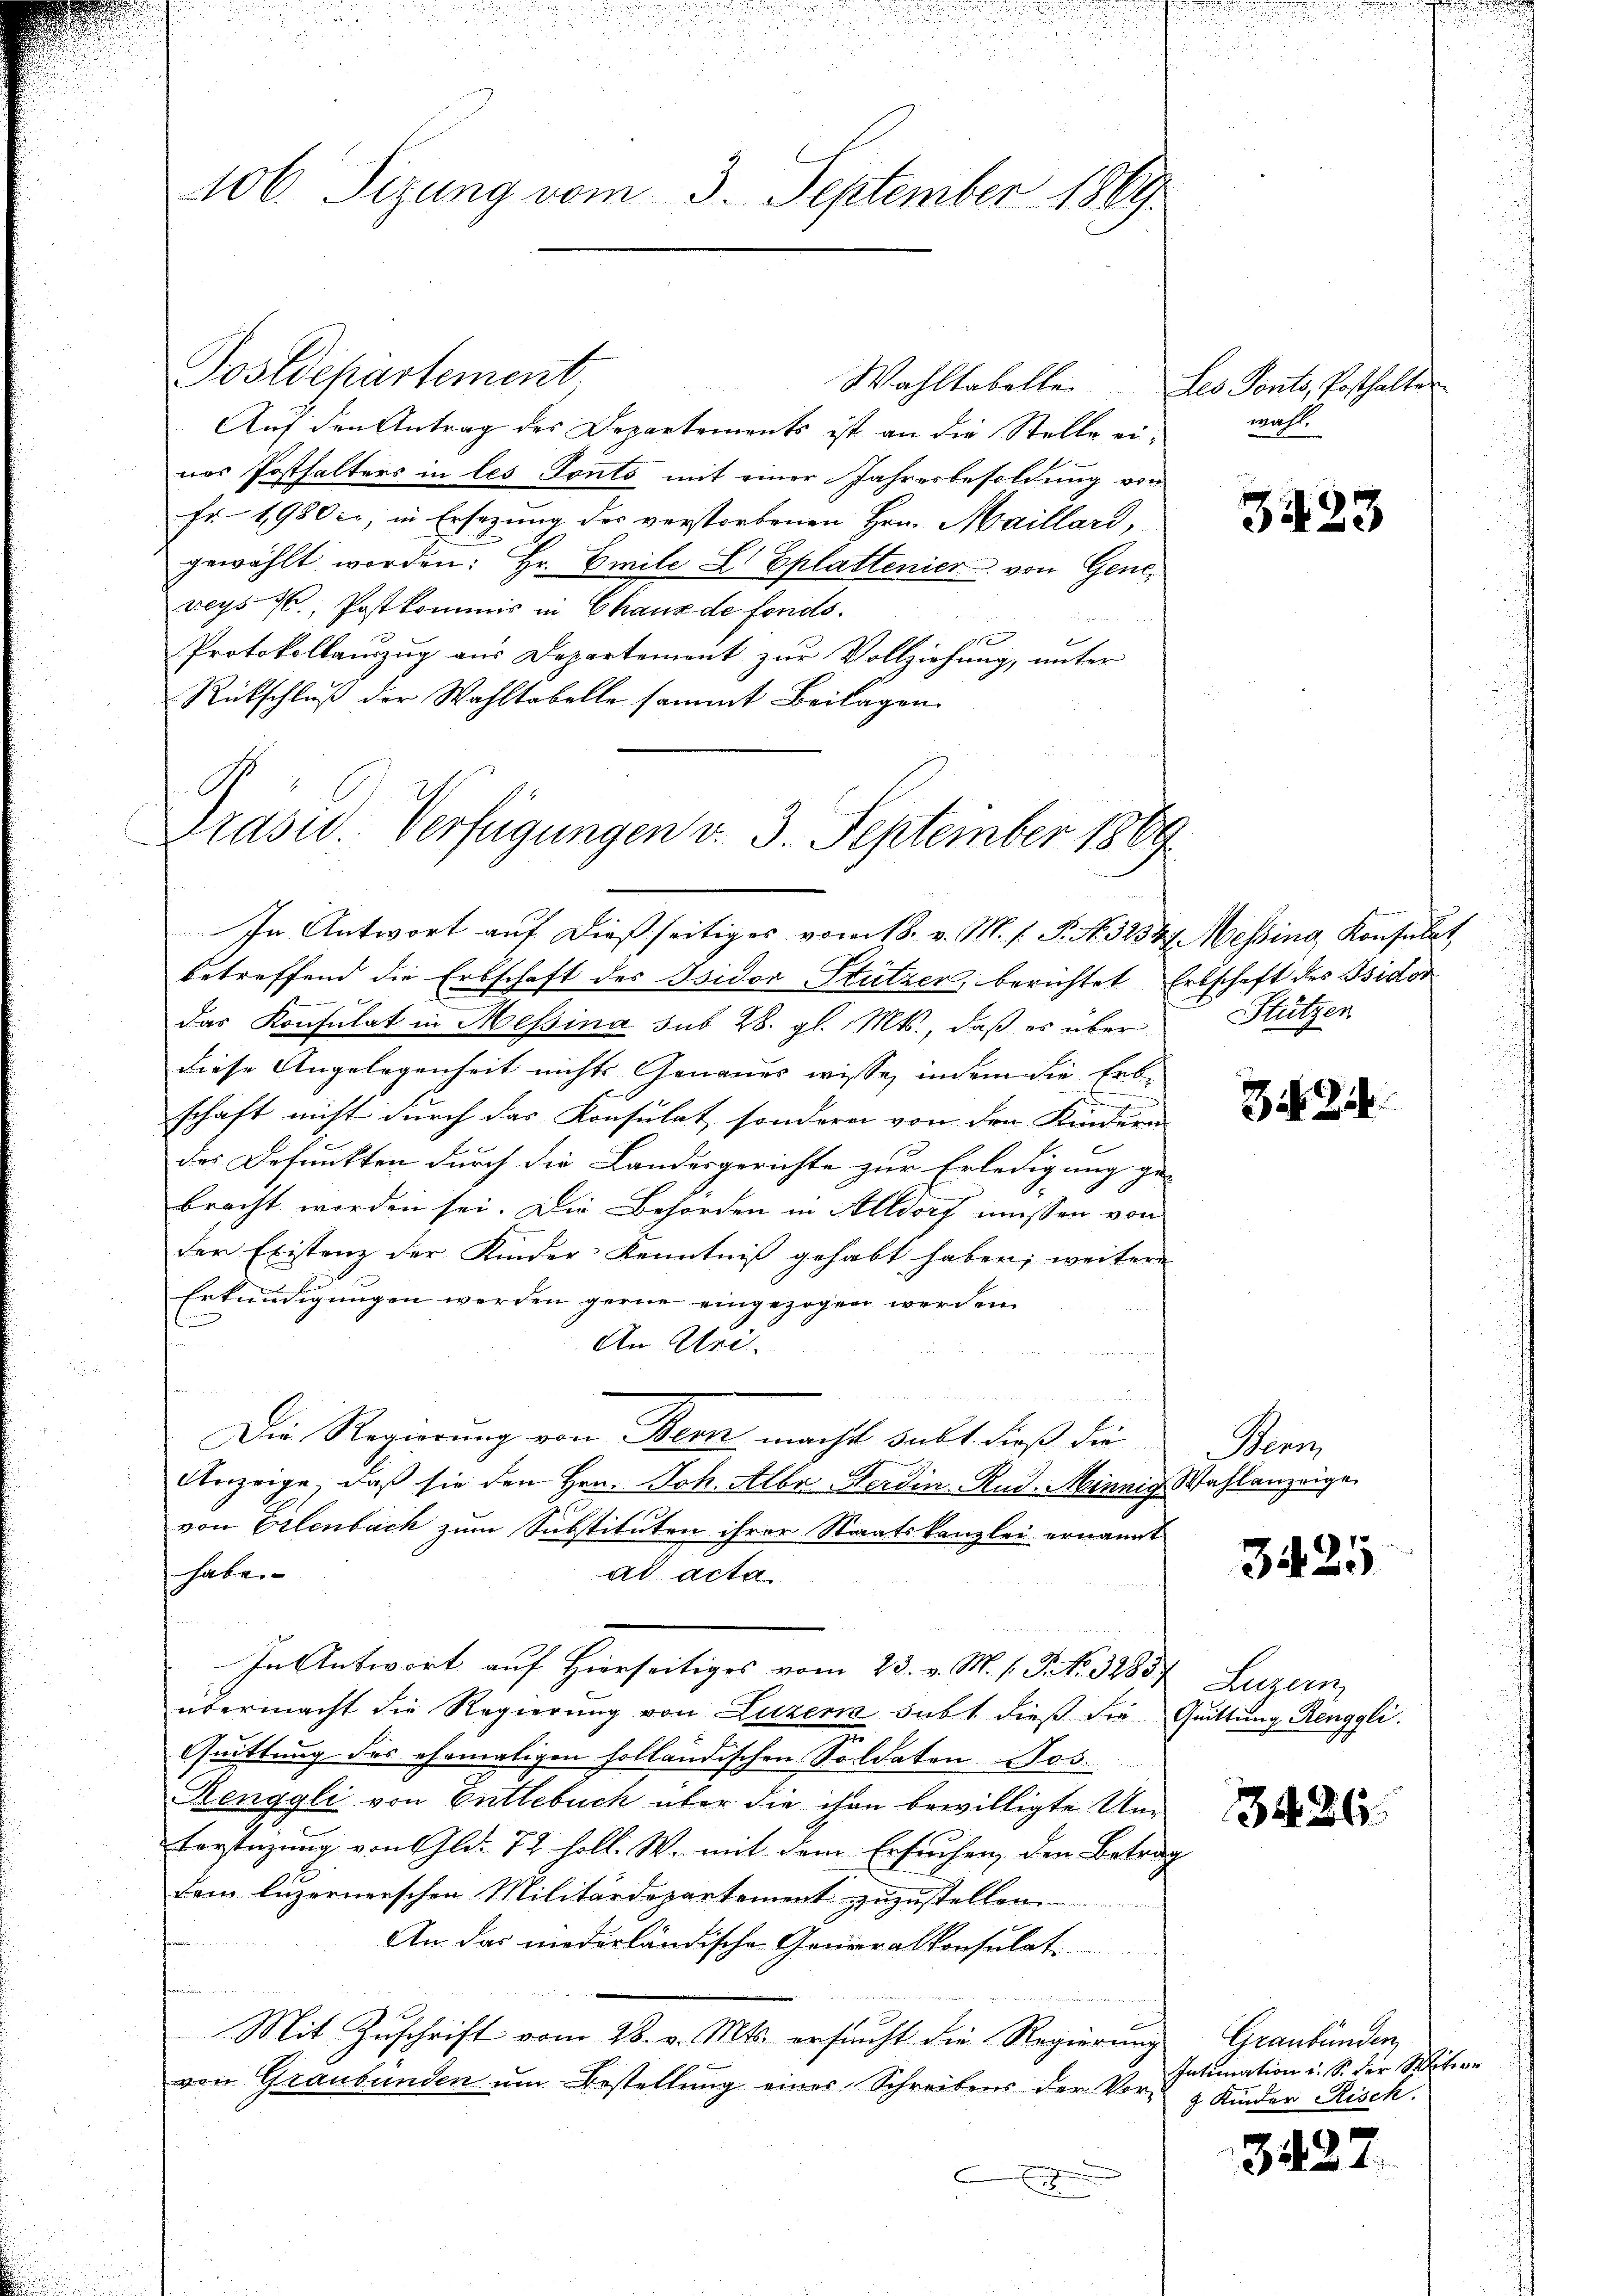
106. Sezung vom 3. September 1869

Postdepartement
Auf den Antrag des Departements ist an die Stelle ei-
nes Posthalters in les Tonts mit einer Jahresbesoldung von
Fr 1980 c., in Ersezung des verstorbenen Hrn. Maillard,
gewählt worden: Hr. Emile L Eplattenier von Geneveys 76. Postkommis in Chaux de fonds.
x
Protokollauszug aus Departement zur Vollziehung, unter
Rückschluß der Wahltobelle sammt Beilagen

C
Grasw. Verfügungen v. 3. September 1869

Wahltabelle.

In Antwort auf dießseitiges vom 18. v. M. s. S. Nr. 3254 Messing, Konsulat,
betreffend die Erbschaft des Isidor Stützer, berichtet Erbschaft des Isidor
das Konsulat in Messina sub 28. gl. Mts., daß es über
diese Angelegenheit nichts Genaues wisse, indem die Erbe
schaft nicht durch das Konsulat, sondern von den Kindern
des Befunkten durch die Landesgerichte zur Erledigung ge-
bracht worden sei. Die Behörden in Altdorf müssen von
der Existenz der Kinder-Kenntniß gehabt haben; weitere
Erkundigungen werden gerne eingezogen werden.
E
An Uri.
u
Die Regierung von Bern macht salt dieß die
Anzeige, daß sie den Hrn. Joh. Alber Ferdin. Rud. Minnig Wahlanzeige
von Erlenbach zum Substituten ihrer Staatskanzlei ernannt
habe.
ad acta
In Antwort auf Hierseitiges vom 23. v. M. h. P. Nr. 3285f Luzern,
übermacht die Regierung von Luzern subt dieß die Quittung Renggli.
Quittung des ehemaligen holländischen Soldaten Jos.
Renggli von Entlebuch über die ihre bewilligte Un¬
Forstützung von Gld. 72 holl. W. mit dem Ersuchen, den Betrag
dem luzernerschen Militärdepartement zuzustellen.
An das niederländische Generalkonsulat
s
Mit Zuschrift vom 28. v. Mts. ersucht die Regierung
von Graubünden um Bestellung einer Schreibens der Vor-
.

Les Ponto, Posthalter
wahl.

3423

Stützen

Z. 214

Benoz

325

26

Graubünden
Intimation u. S. der Mitere
7 Kinder Risch.

3422